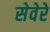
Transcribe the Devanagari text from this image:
सेवेरे